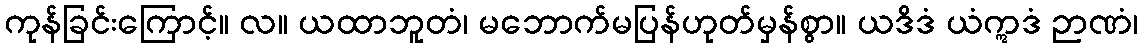
ကုန်ခြင်းကြောင့်။ လ။ ယထာဘူတံ၊ မဘောက်မပြန်ဟုတ်မှန်စွာ။ ယဒိဒံ ယံဣဒံ ဉာဏံ၊